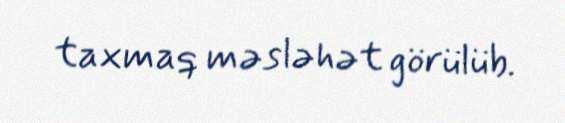
taxmaq məsləhət görülüb.